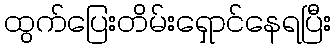
ထွက်ပြေးတိမ်းရှောင်နေရပြီး